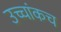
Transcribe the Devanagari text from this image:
उच्चांकच